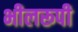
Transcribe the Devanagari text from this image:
भीलरूपी